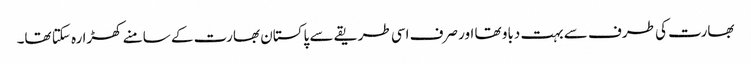
بھارت کی طرف سے بہت دباو تھا اور صرف اسی طریقے سے پاکستان بھارت کے سامنے کھڑا رہ سکتا تھا۔